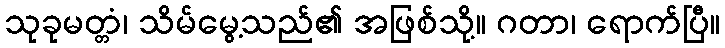
သုခုမတ္တံ၊ သိမ်မွေ့သည်၏ အဖြစ်သို့။ ဂတာ၊ ရောက်ပြီ။